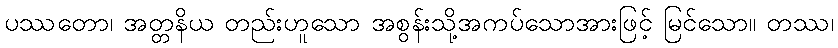
ပဿတော၊ အတ္တနိယ တည်းဟူသော အစွန်းသို့အကပ်သောအားဖြင့် မြင်သော။ တဿ၊